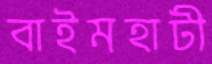
বাইমহাটী